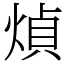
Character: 𤋺